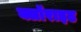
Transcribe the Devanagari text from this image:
क्लॉराइड